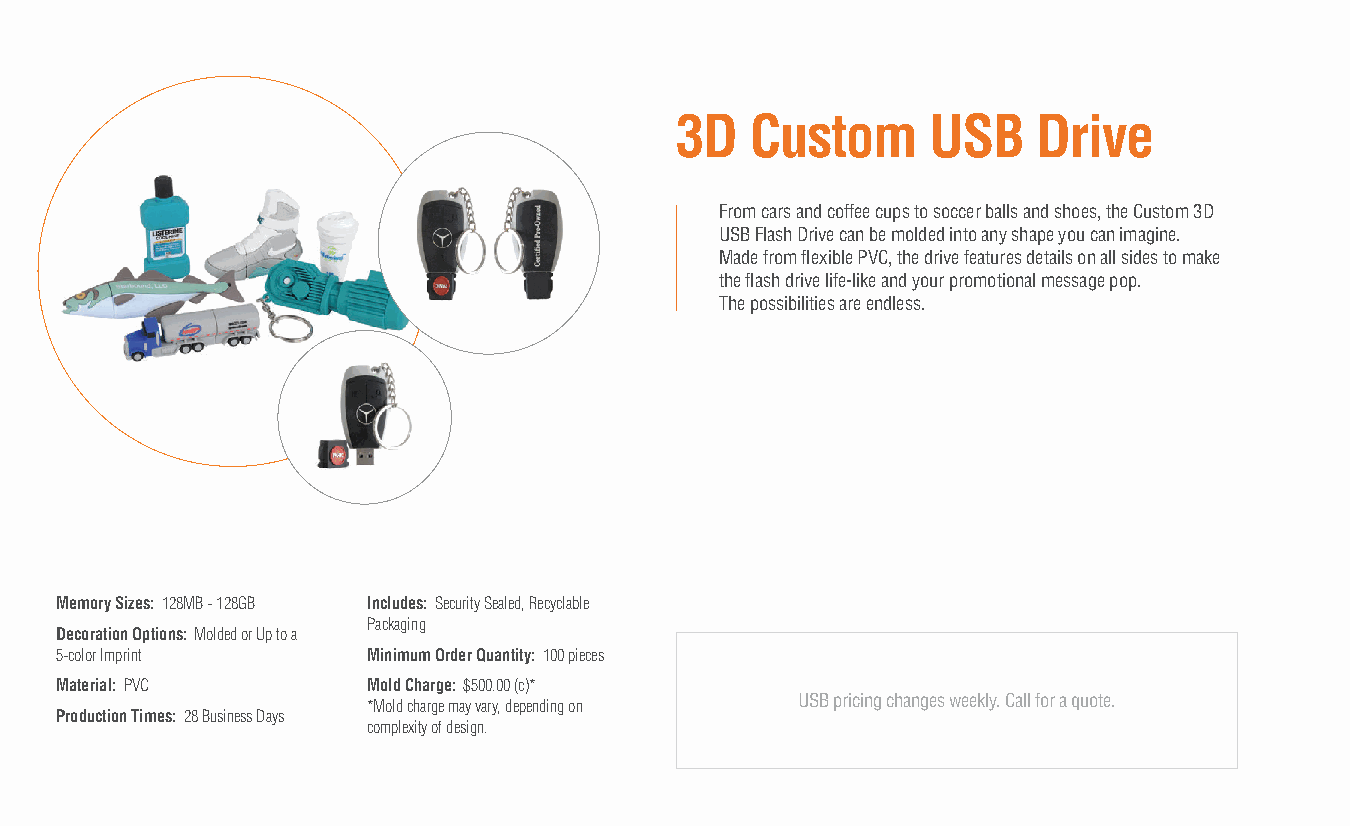
3D   Custom      USB    Drive
 From cars and coffee cups to soccer balls and shoes, the Custom 3D
 USB Flash Drive can be molded into any shape you can imagine.
 Made from fl exible PVC, the drive features details on all sides to make
 the fl ash drive life-like and your promotional message pop.
 The possibilities are endless.
 Memory Sizes: 128MB - 128GB Includes: Security Sealed, Recyclable
 Packaging
 Decoration Options: Molded or Up to a
 5-color Imprint     Minimum Order Quantity: 100 pieces
 Material: PVC       Mold Charge: $500.00 (c)*
 USB pricing changes weekly. Call for a quote.
 *Mold charge may vary, depending on
 Production Times: 28 Business Days
 complexity of design.